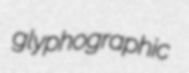
glyphographic